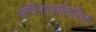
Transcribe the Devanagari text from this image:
मंदिराव्यतिरिक्त